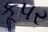
કૂપર